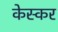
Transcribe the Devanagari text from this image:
केस्कर